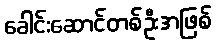
ခေါင်းဆောင်တစ်ဦးအဖြစ်